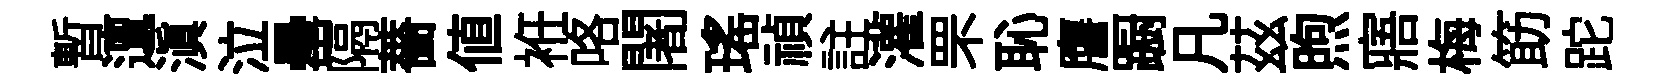
暫邅滇泣罍隔薔值袵咯闍瑤禎註灌罘恥譍蹰凡茲煦寤梅筯跎